NAE_EAOK_eestikeelsed_sunnimeetrikad, lk 117
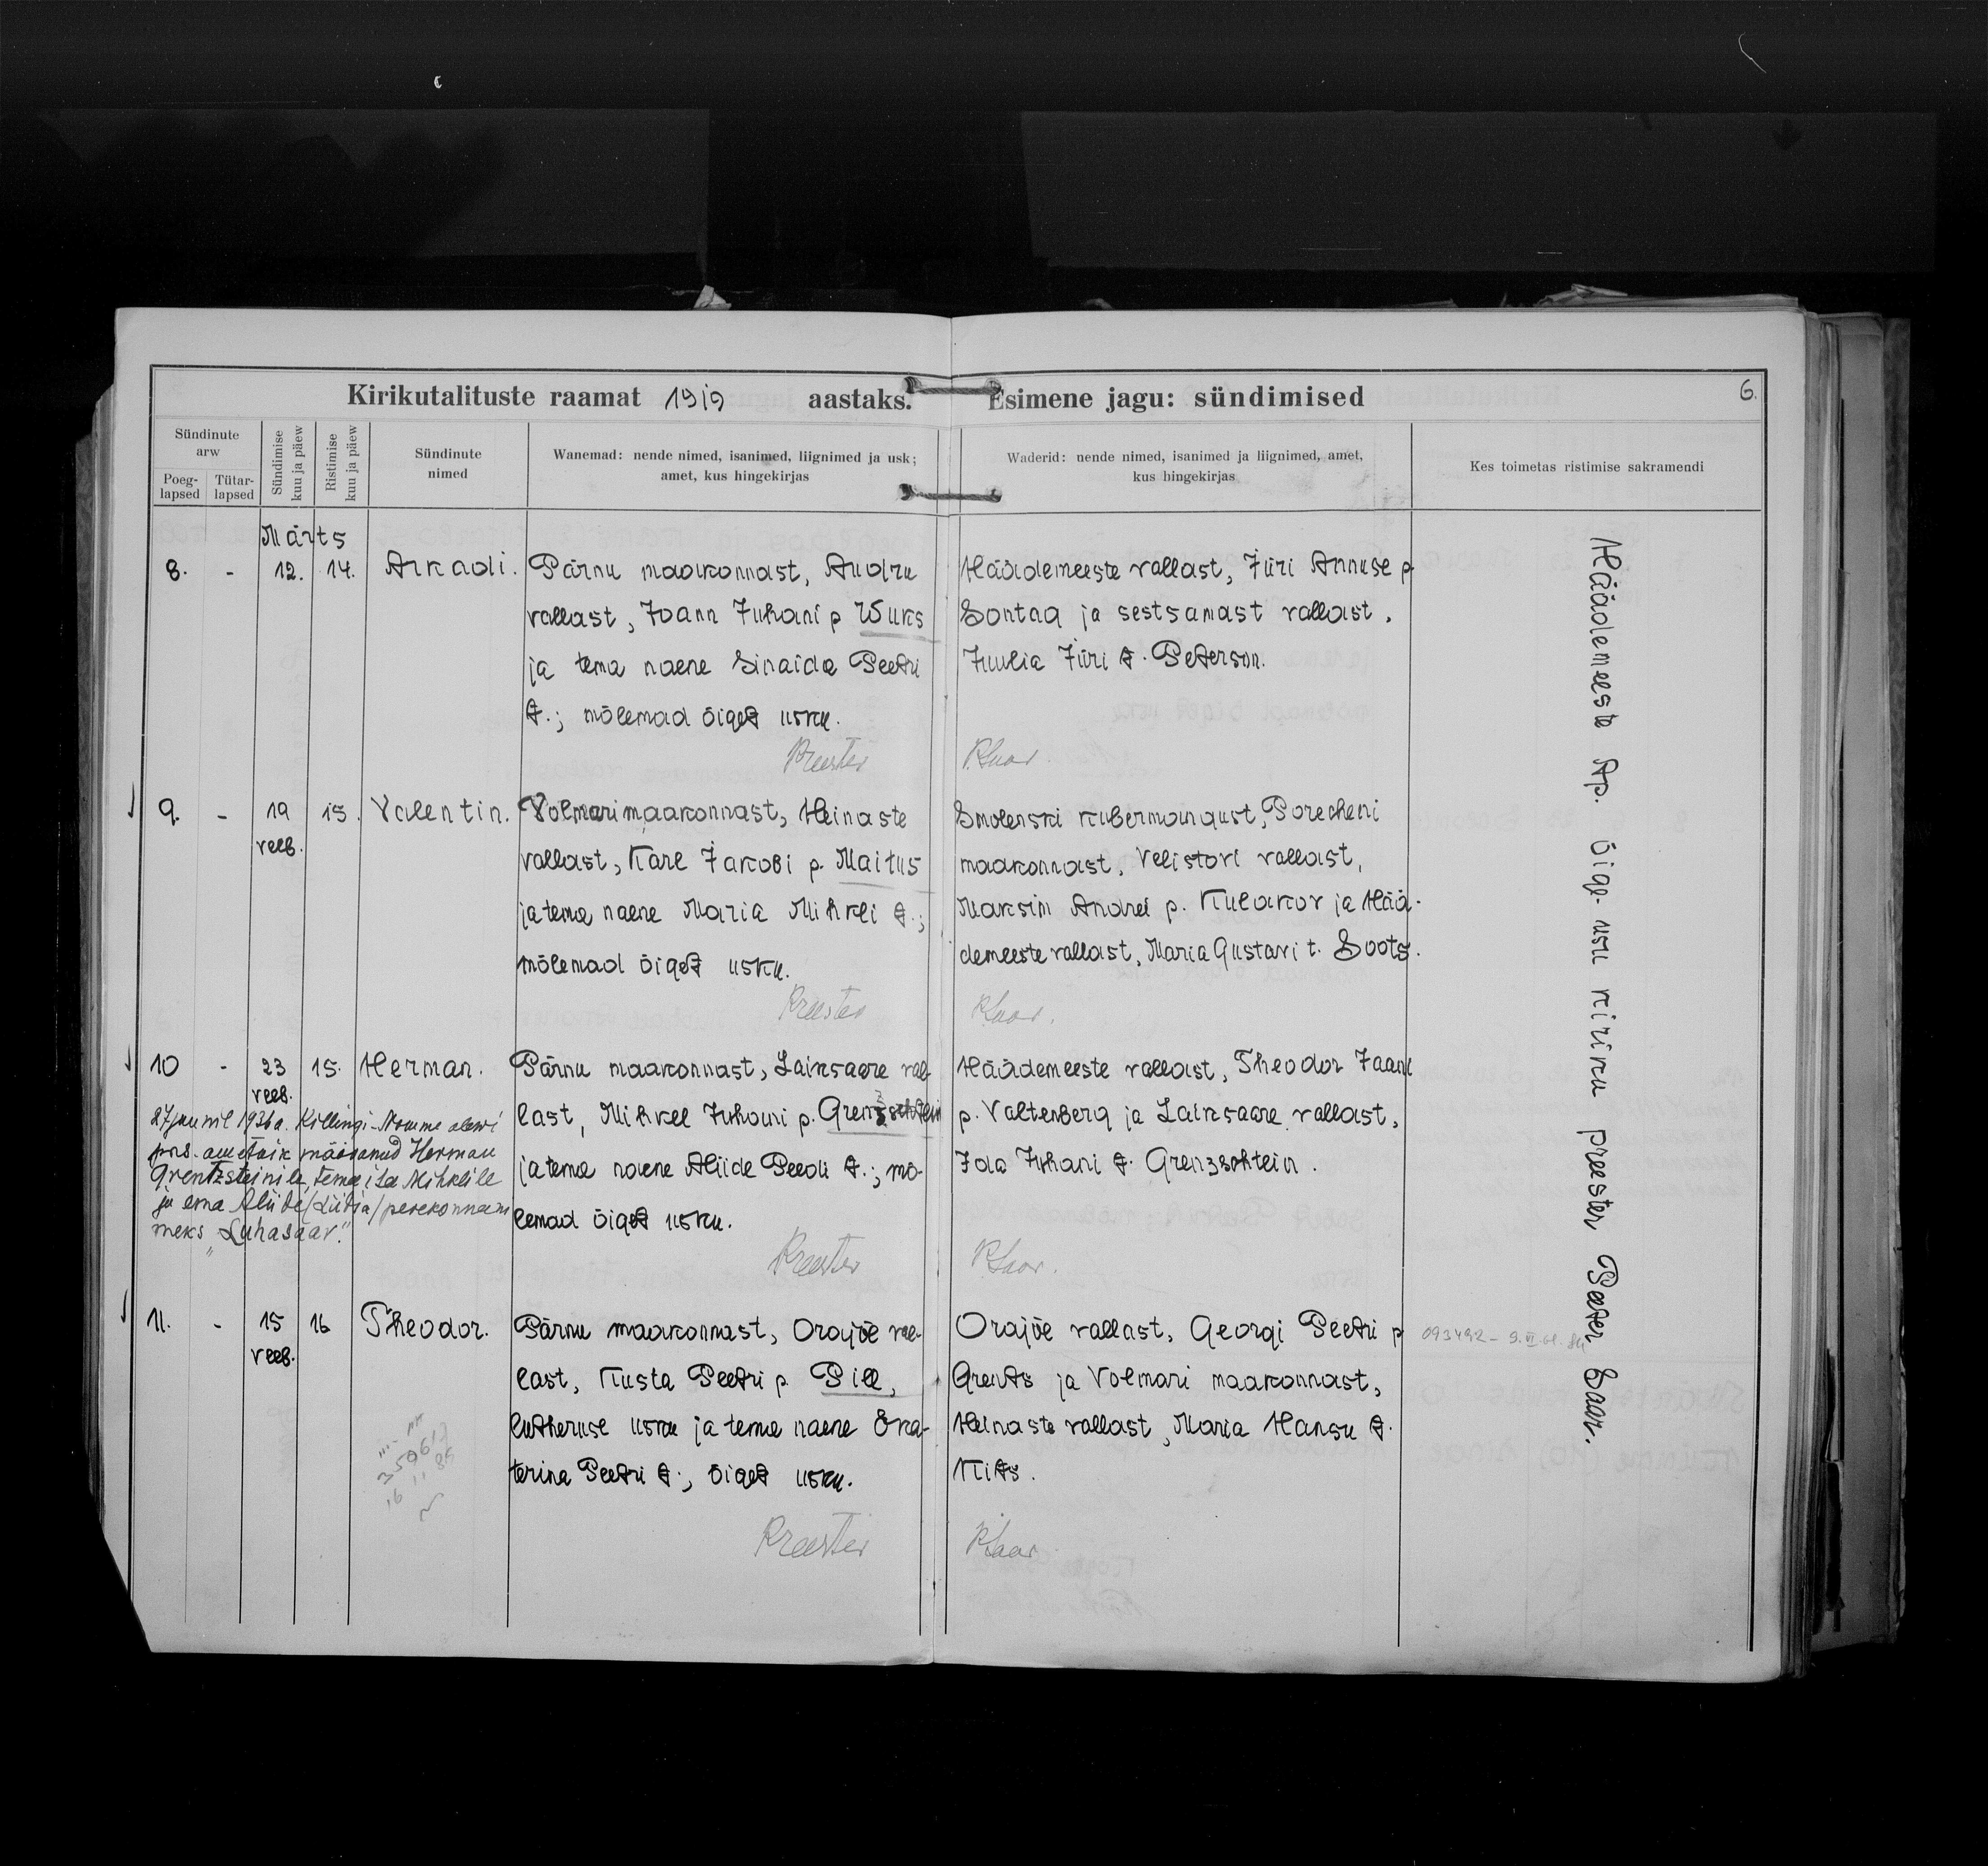
Arkadi

Valentin

Herman

Theodor

Pärnu maakonnast, Audru
vallast, Joann Juhani p Wuks
ja tema naene Sinaida Peetri
t.; mõlemad õiget usku.

Volmari maakonnast, Heinaste
vallast, Karl Jakobi p. Maitus
ja tema naene Maria Mihkli t.;
mõlemad õiget usku.

Pärnu maakonnast, Laiksaare val-
last, Mihkel Juhani p. Grenzschtein
ja tema naene Aliide Peedu t.; mõ-
lemad õiget usku.

Pärnu maakonnast, Orajõe val-
last, Kusta Peetri p. Pik,
lutheruse usku ja tema naene Eka-
terine Peetri t., õiget usku.